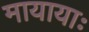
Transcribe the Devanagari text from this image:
मायायाः